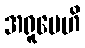
အရူပေဟိ